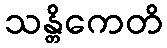
သန္တိကေတိ